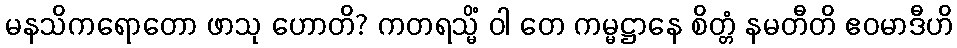
မနသိကရောတော ဖာသု ဟောတိ? ကတရသ္မိံ ဝါ တေ ကမ္မဋ္ဌာနေ စိတ္တံ နမတီတိ ဧဝမာဒီဟိ